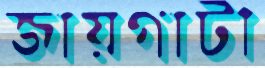
জায়গাটী